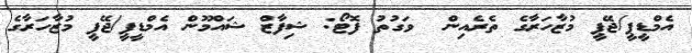
އެމްޑީޕީ/ޖޭޕީ މުޒާހަރާގެ ތެރެއިން  ވަގުތު ފޮޓޯ: ޝިފާޒް ޝައްމޫން އެމްޑީޕީ/ޖޭޕީ މުޒާހަރާގެ